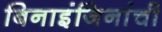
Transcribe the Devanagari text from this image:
बिनाइंजिनांची